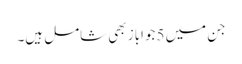
جن میں 5 جواباز بھی شامل ہیں۔